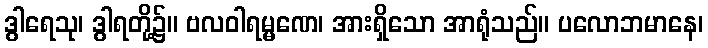
ဒွါရေသု၊ ဒွါရတို့၌။ ဗလဝါရမ္မဏေ၊ အားရှိသော အာရုံသည်။ ပလောဘမာနေ၊